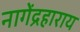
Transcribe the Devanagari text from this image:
नागेंद्रहाराय